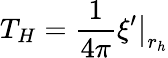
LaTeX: T_{H}=\frac{1}{4\pi}\left.\xi^{\prime}\right|_{r_{h}}